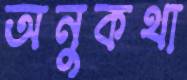
অনুকথা